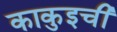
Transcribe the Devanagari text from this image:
काकुइची